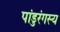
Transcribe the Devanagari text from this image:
पांडुरंगस्य